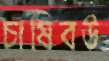
চাষিবউ